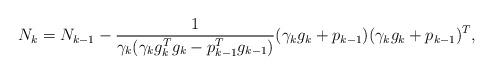
LaTeX: \begin{align*}N_k = N_{k-1} -\frac1{\gamma_k ( \gamma_k g_k^T g_k - p_{k-1}^T g_{k-1} )} (\gamma_k g_k + p_{k-1})(\gamma_kg_k + p_{k-1})^T,\end{align*}